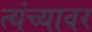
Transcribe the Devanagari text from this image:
त्यंच्यावर